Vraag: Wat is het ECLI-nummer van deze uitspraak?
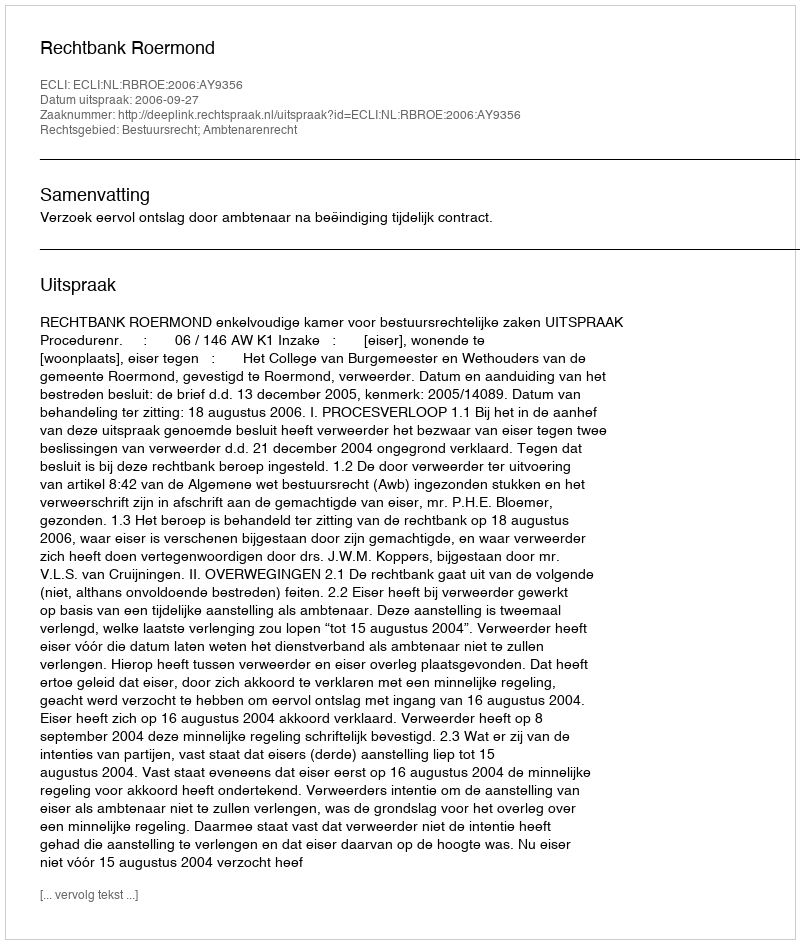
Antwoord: ECLI:NL:RBROE:2006:AY9356